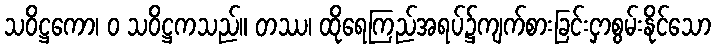
သဝိဋ္ဌကော၊ ဝ သဝိဋ္ဌကသည်။ တဿ၊ ထိုရေကြည်အရပ်၌ကျက်စားခြင်းငှာစွမ်းနိုင်သော